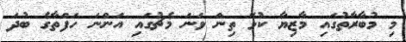
މި މުބާރާތުގައި މާޒިޔާ ކުޅޭ ތިން ވަނަ މެޗުގައި އަންނަ ހަފްތާގެ ބުދަ